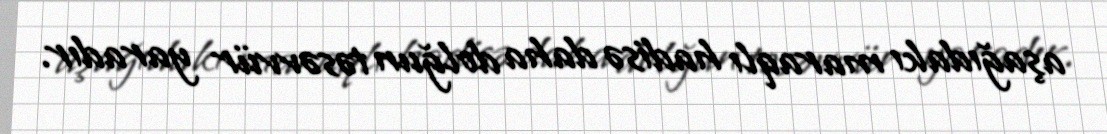
aşağıdakı maraqlı hadisə daha dolğun təsəvvür yaradır.